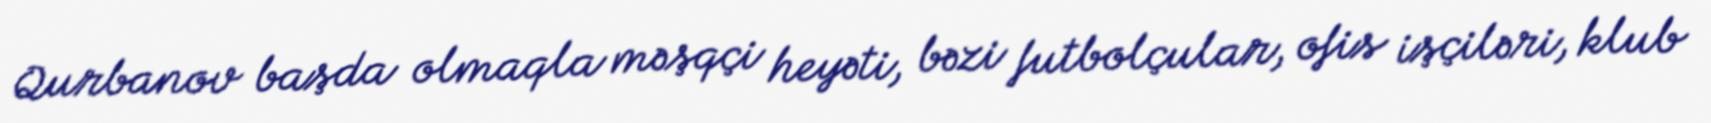
Qurbanov başda olmaqla məşqçi heyəti, bəzi futbolçular, ofis işçiləri, klub